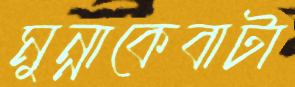
মুন্নাকেবাটা